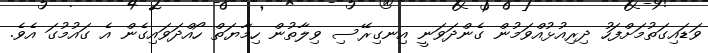
ވަޑައިގަތުމަށްފަހު ދިރިއުޅުއްވަމުން ގެންދަވަނީ އިނގިރޭސި ވިލާތުން ހިމާޔަތް ހޯއްދަވައިގެން އެ ގައުމުގަ އެވެ.